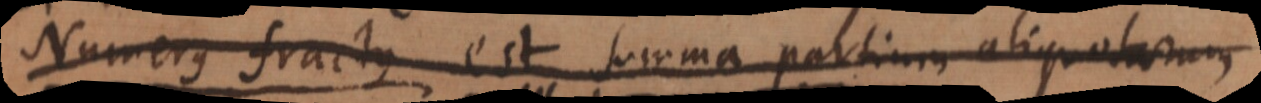
u s est summa partium aliquotarum